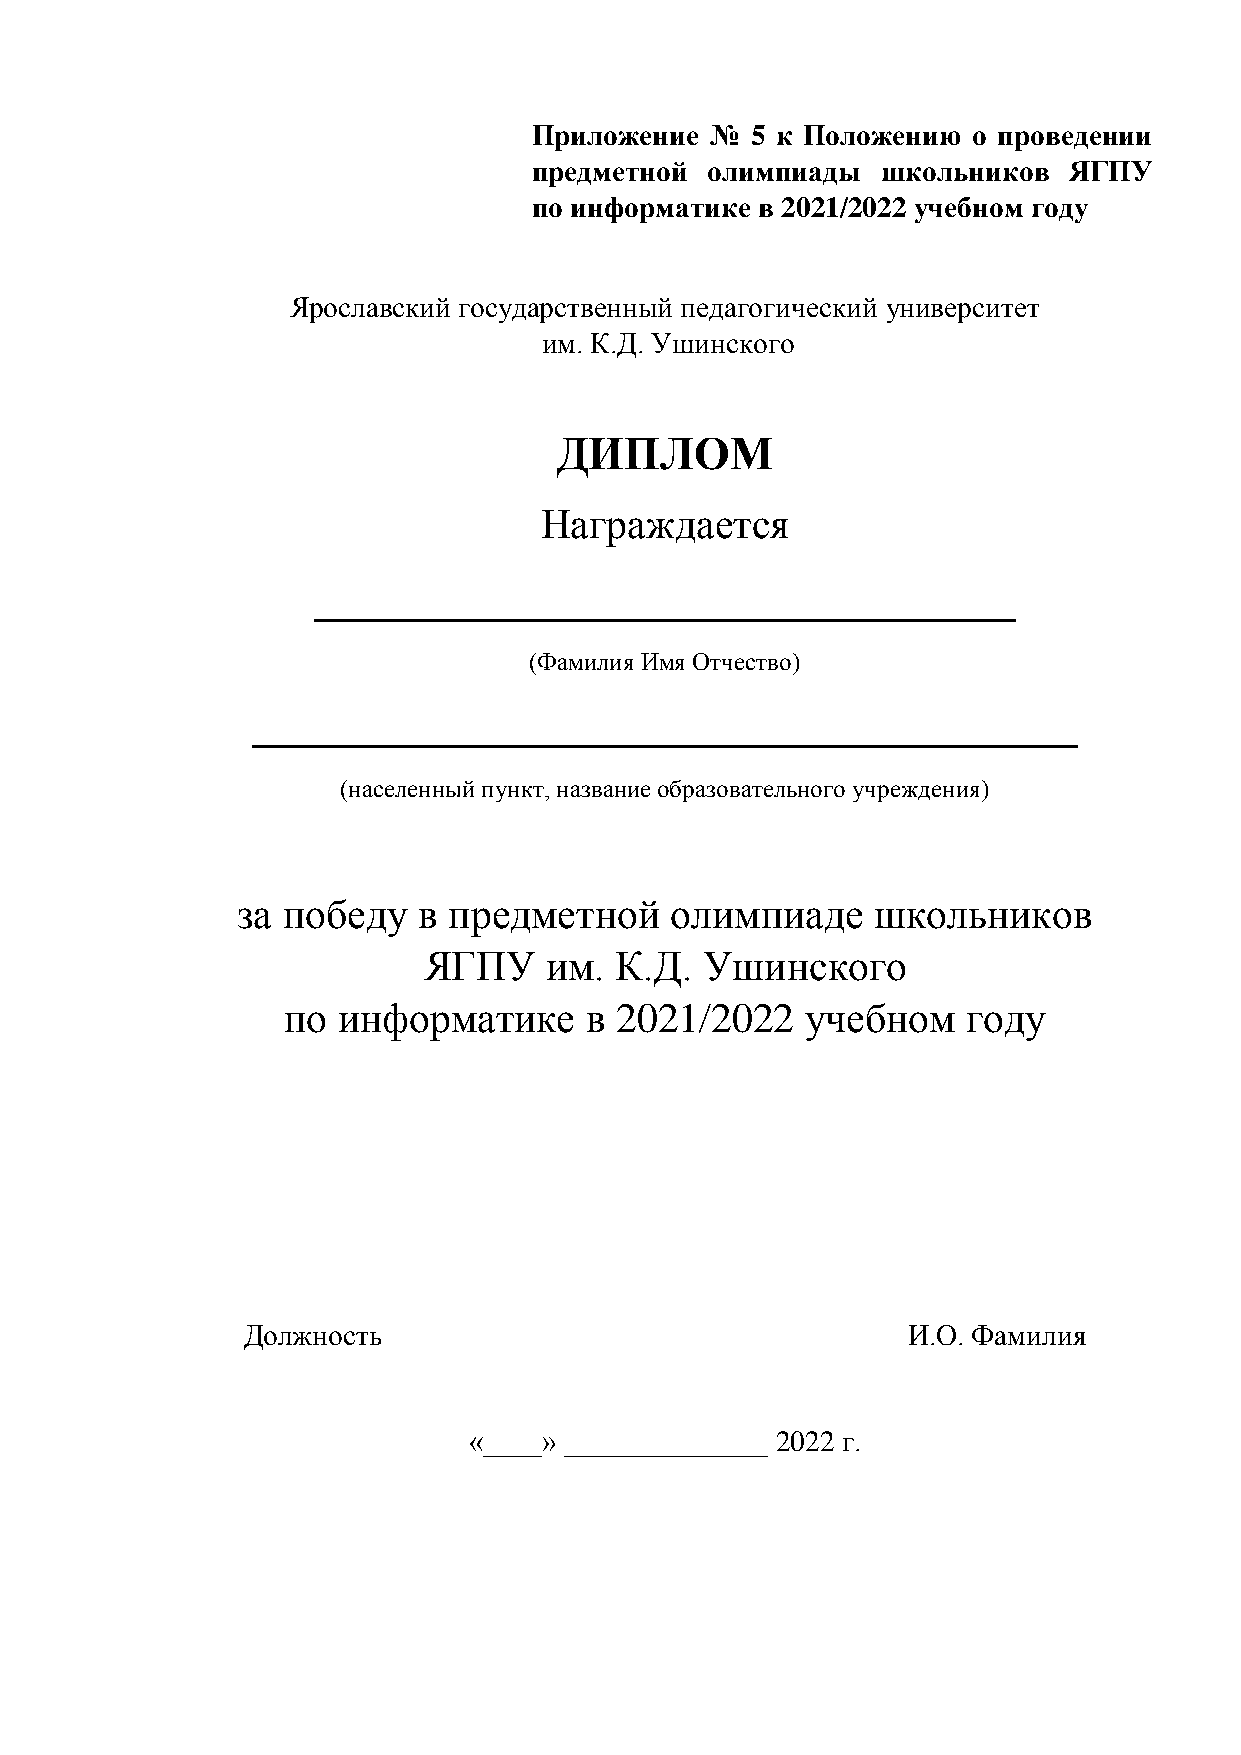
Приложение  №  5 к Положению о проведении
 предметной  олимпиады  школьников   ЯГПУ
 по информатике в 2021/2022 учебном году
 Ярославский государственный педагогический университет
 им. К.Д. Ушинского
 ДИПЛОМ
 Награждается
 ____________________________
 (Фамилия Имя Отчество)
 _________________________________
 (населенный пункт, название образовательного учреждения)
 за победу   в предметной    олимпиаде     школьников
 ЯГПУ    им.  К.Д.  Ушинского
 по информатике      в 2021/2022   учебном    году
 Должность                                   И.О. Фамилия
 «____» ______________ 2022 г.